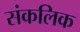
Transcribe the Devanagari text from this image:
संकलिक